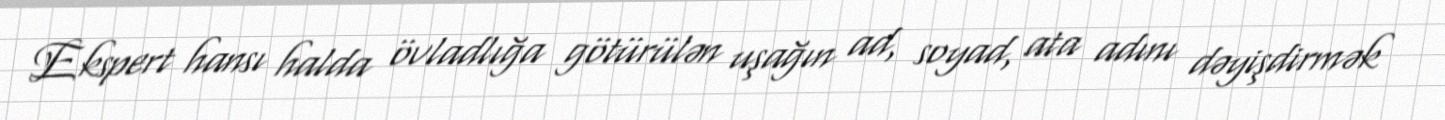
Ekspert hansı halda övladlığa götürülən uşağın ad, soyad, ata adını dəyişdirmək